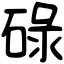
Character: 碌